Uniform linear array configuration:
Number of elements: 16
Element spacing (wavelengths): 0.25
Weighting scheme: hann
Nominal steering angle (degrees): -45
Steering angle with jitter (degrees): -45.716
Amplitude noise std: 0.05
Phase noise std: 0.05

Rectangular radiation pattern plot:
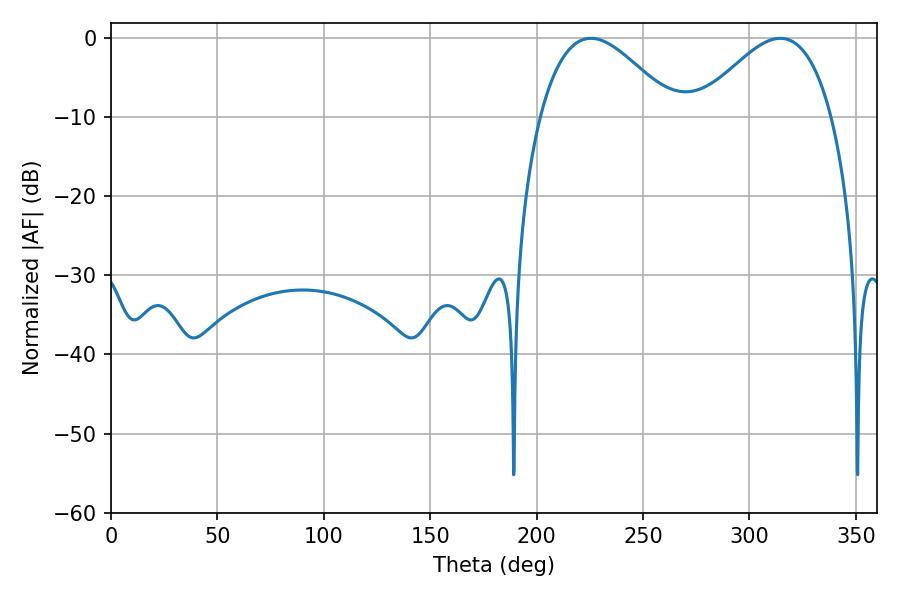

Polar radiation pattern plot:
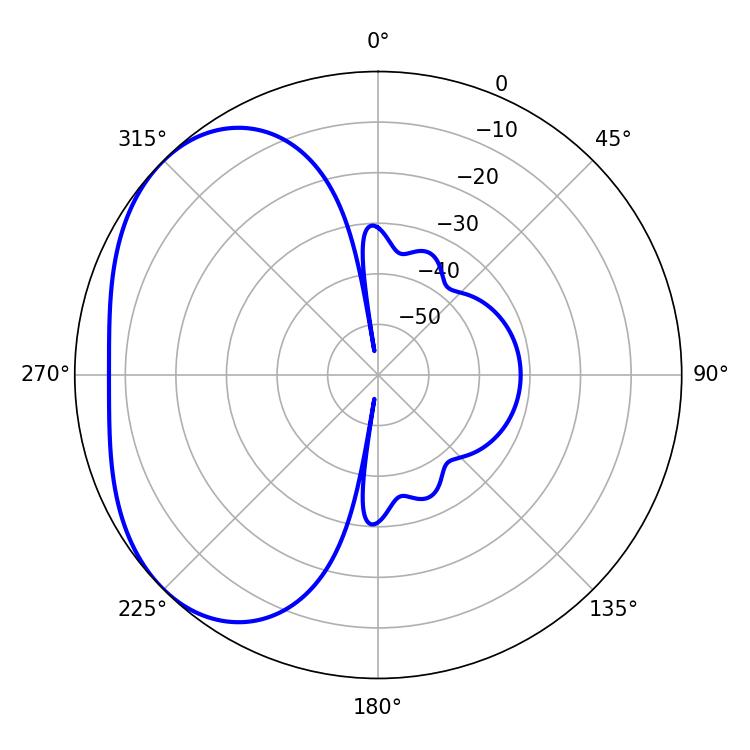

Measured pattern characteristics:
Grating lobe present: FALSE
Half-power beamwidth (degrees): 34.02
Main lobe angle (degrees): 225.54